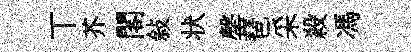
丅芥閣敍状罄琶采殺馮